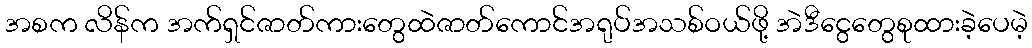
အစက လိန်က အက်ရှင်ဇာတ်ကားတွေထဲဇာတ်ကောင်အရုပ်အသစ်ဝယ်ဖို့ အဲဒီငွေတွေစုထားခဲ့ပေမဲ့